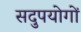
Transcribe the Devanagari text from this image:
सदुपयोगों